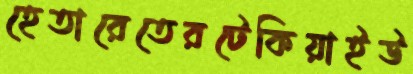
হেতারেতেরটেকিয়াইউ